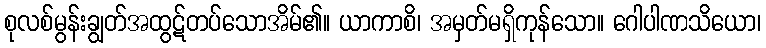
စုလစ်မွန်းချွတ်အထွဋ်တပ်သောအိမ်၏။ ယာကာစိ၊ အမှတ်မရှိကုန်သော။ ဂေါပါဏသိယော၊